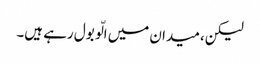
لیکن، میدان میں الّو بول رہے ہیں۔